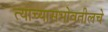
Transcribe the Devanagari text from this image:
त्याच्यासभोवतीलचे